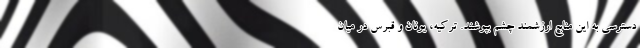
دسترسی به این منابع ارزشمند چشم بپوشند. ترکیه، یونان و قبرس در میان